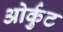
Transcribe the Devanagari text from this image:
ओर्कुट